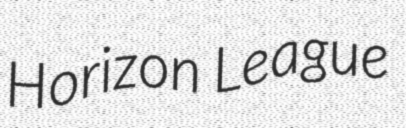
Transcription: Horizon League